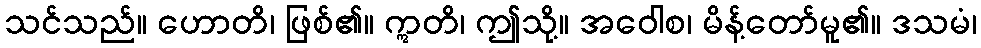
သင်သည်။ ဟောတိ၊ ဖြစ်၏။ ဣတိ၊ ဤသို့။ အဝေါစ၊ မိန့်တော်မူ၏။ ဒသမံ၊